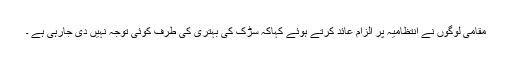
مقامی لوگوں نے انتظامیہ پر الزام عائد کرتے ہوئے کہاکہ سڑک کی بہتری کی طرف کوئی توجہ نہیں دی جارہی ہے ۔